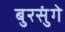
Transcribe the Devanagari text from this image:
बुरसुंगे